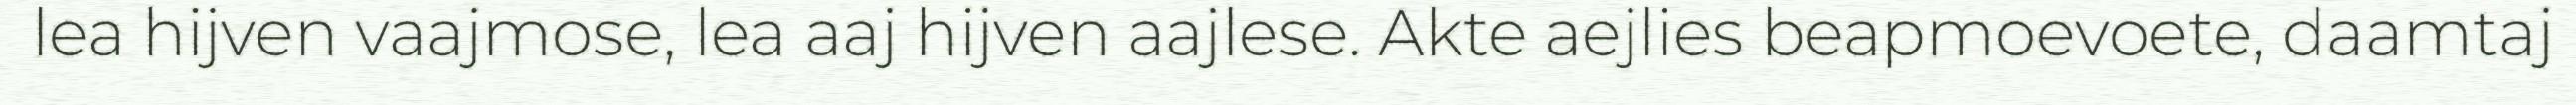
lea hijven vaajmose, lea aaj hijven aajlese. Akte aejlies beapmoevoete, daamtaj